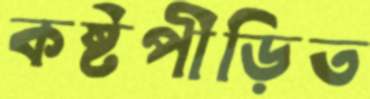
কষ্টপীড়িত